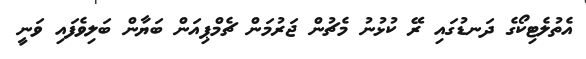
އެތުލެޓިކޯގެ ދަނޑުގައި ރޭ ކުޅުނު މެޗުން ޖަރުމަން ޗެމްޕިއަން ބަޔާން ބަލިވެފައި ވަނީ